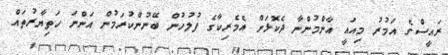
ރައީސްގެ އަމުރު މިއައީ އާންމުންނާ ދެކޮޅަށް އެމެރިކާގެ ފުލުހުން ބޭނުންކުރަމުން އަންނަ ހަތިޔާރުތައް